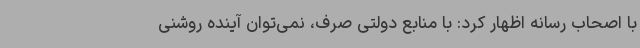
با اصحاب رسانه اظهار کرد: با منابع دولتی صرف، نمی‌توان آینده روشنی